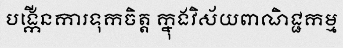
បង្កើនការទុកចិត្ត ក្នុងវិស័យពាណិជ្ជកម្ម